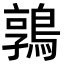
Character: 鶉